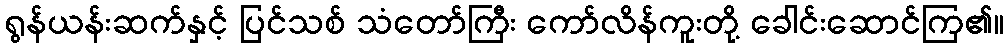
ရွန်ယန်းဆက်နှင့် ပြင်သစ် သံတော်ကြီး ကော်လိန်ကူးတို့ ခေါင်းဆောင်ကြ၏။